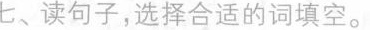
七、读句子,选择合适的词填空。